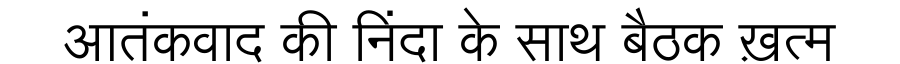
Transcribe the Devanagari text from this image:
आतंकवाद की निंदा के साथ बैठक ख़त्म